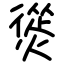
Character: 熧